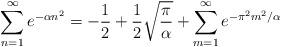
LaTeX: \begin{align*}\sum_{n=1}^\infty e^{-\alpha n^2} = -{1\over 2} + {1\over2}\sqrt{\pi\over\alpha} + \sum_{m=1}^\infty e^{-\pi^2 m^2/\alpha}\end{align*}